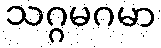
သဂ္ဂမဂမာ